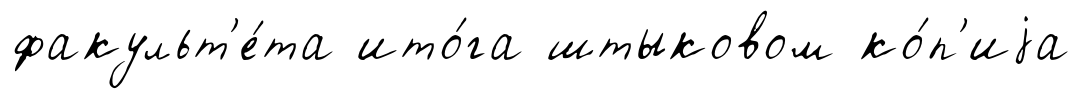
факульт'е́та ито́га штыковом ко́п'иjа